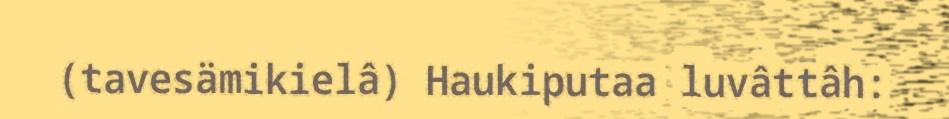
(tavesämikielâ) Haukiputaa luvâttâh: